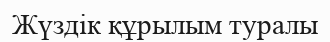
Жүздік құрылым туралы